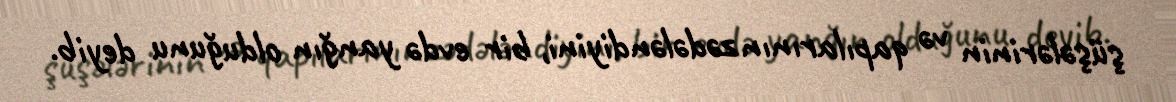
şüşələrinin və qapılarının zədələndiyini, bir evdə yanğın olduğunu deyib.